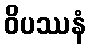
ဝိပဿနံ